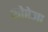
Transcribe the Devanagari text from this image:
फोरेमा